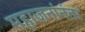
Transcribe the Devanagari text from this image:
महाजनांनंतर